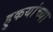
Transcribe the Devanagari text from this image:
हुकयांच्या